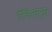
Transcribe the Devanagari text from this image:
तितउः